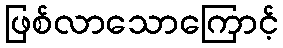
ဖြစ်လာသောကြောင့်